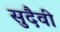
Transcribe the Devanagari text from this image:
सुदैवी